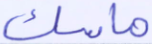
ماسك